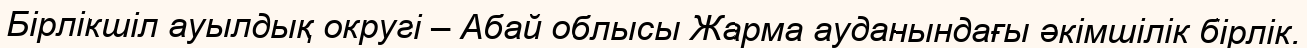
Бірлікшіл ауылдық округі – Абай облысы Жарма ауданындағы әкімшілік бірлік.